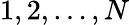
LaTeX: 1,2,\dots,N